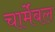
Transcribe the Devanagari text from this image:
चार्मेबल